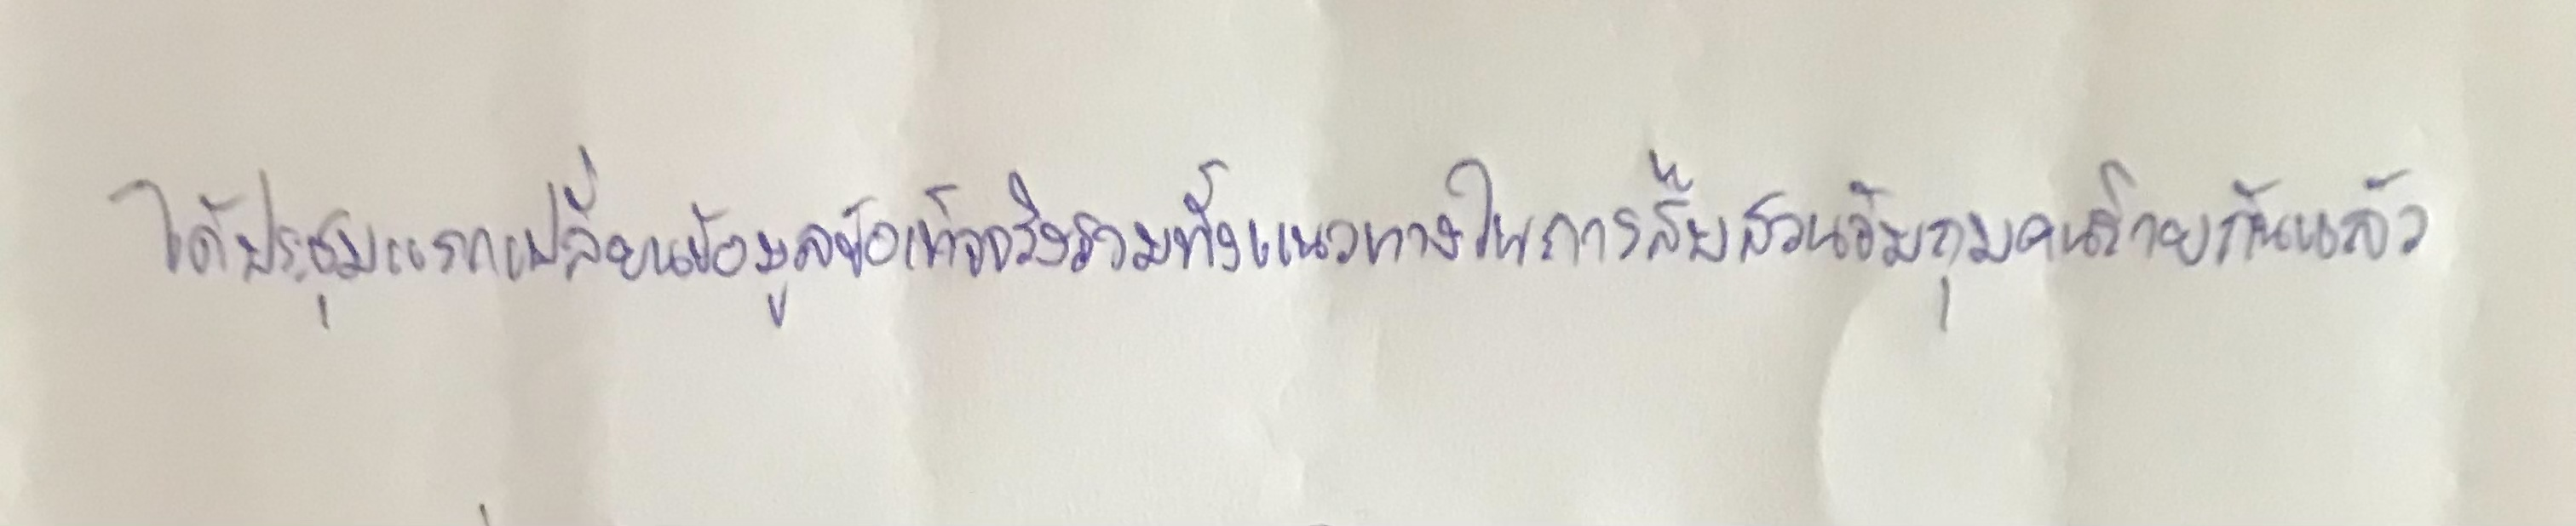
ได้ประชุมแลกเปลี่ยนข้อมูลข้อเท็จจริงรวมทั้งแนวทางในการสืบสวนจับกุมคนร้ายกันแล้ว